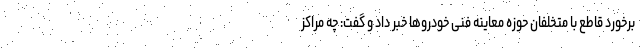
برخورد قاطع با متخلفان حوزه معاینه فنی خودروها خبر داد و گفت: چه مراکز